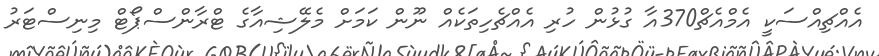
އެއްޗިއްސަކީ އެމްއެޗް370އާ ގުޅުން ހުރި އެއްޗެހިތަކެއް ނޫން ކަމަށް މެލޭޝިއާގެ ޓްރާންސްޕޯޓް މިނިސްޓަރު